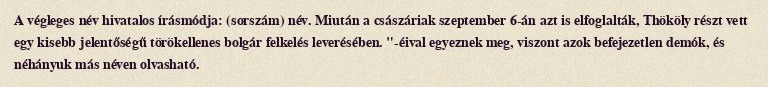
A végleges név hivatalos írásmódja: (sorszám) név. Miután a császáriak szeptember 6-án azt is elfoglalták, Thököly részt vett egy kisebb jelentőségű törökellenes bolgár felkelés leverésében. "-éival egyeznek meg, viszont azok befejezetlen demók, és néhányuk más néven olvasható.